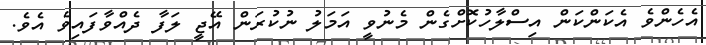
އެހެންވެ އެކަންކަން އިސްލާހުކޮށްގެން މެނުވީ އަމަލު ނުކުރަން އޭޖީ ލަފާ ދެއްވާފައިވެ އެވެ.